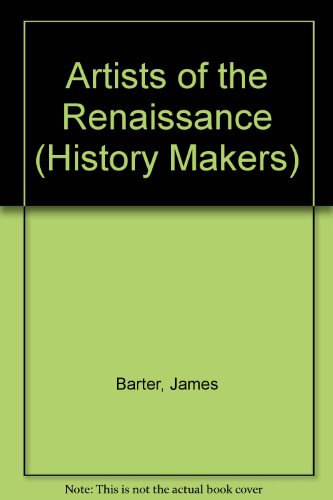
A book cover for Artists of the Renaissance (History Makers (Lucent)); Teen & Young Adult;